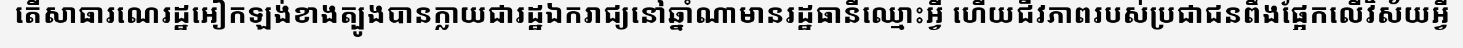
តើសាធារណេរដ្ឋអៀកឡង់ខាងត្បូងបានក្លាយជារដ្ឋឯករាជ្យនៅឆ្នាំណាមានរដ្ឋធានីឈ្មោះអ្វី ហើយជីវភាពរបស់ប្រជាជនពឹងផ្អែកលើវិស័យអ្វី